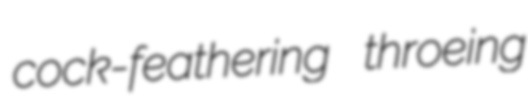
cock-feathering throeing